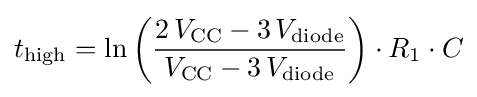
t_{\text{high}}=\ln \left({\frac {2\,V_{\text{CC}}-3\,V_{\text{diode}}}{V_{\text{CC}}-3\,V_{\text{diode}}}}\right)\cdot R_{1}\cdot C